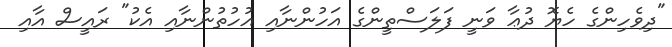
"ދިވެހިންގެ ހެޔޮ ދުޢާ ވަނީ ފަލަސްތީންގެ އަހުންނާއި އުހުތުންނާއި އެކު" ރައީސް އާއި